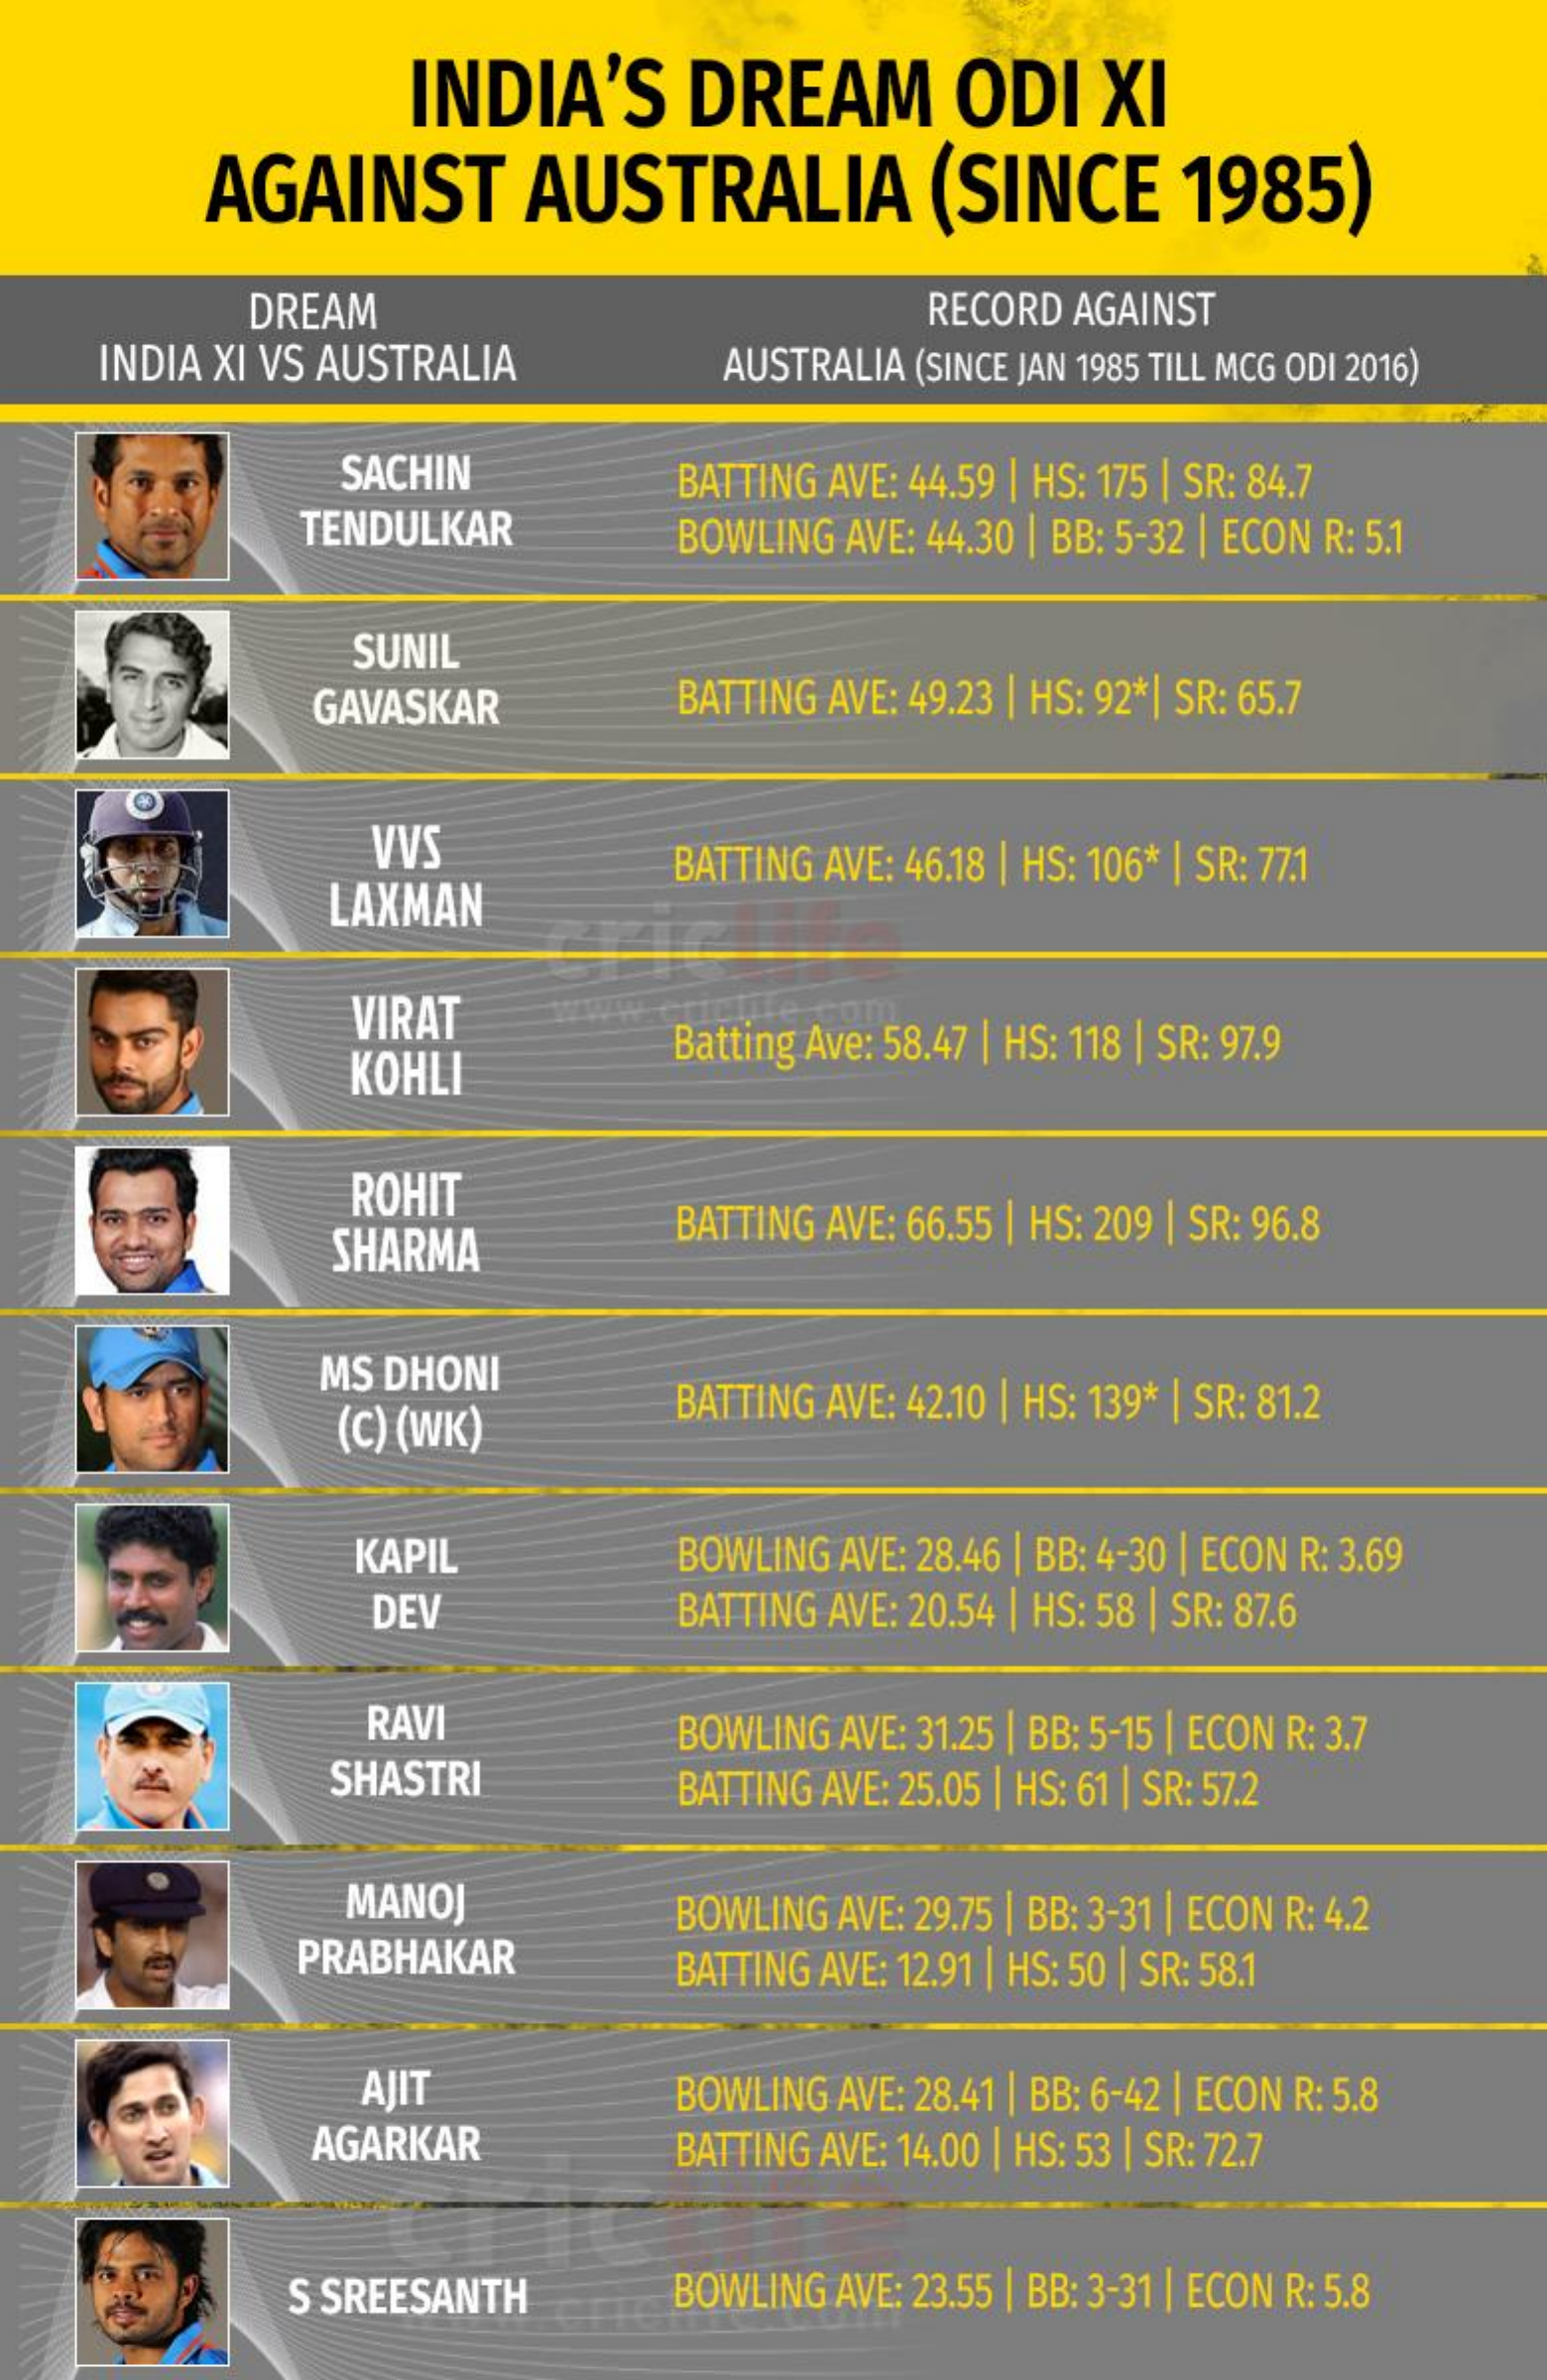
INDIA'S    DREAM    ODI    XI
     AGAINST    AUSTRALIA    (SINCE    1985)
     DREAM    RECORD AGAINST
    INDIA XI VS AUSTRALIA    AUSTRALIA (SINCE JAN 1985 TILL MCG ODI 2016)
     SACHIN    BATTING AVE: 44.59 | HS: 175 | SR: 84.7
     TENDULKAR    BOWLING AVE: 44.30 | BB: 5-32 | ECON R: 5.1
     SUNIL
     GAVASKAR    BATTING AVE: 49.23 | HS: 92*| SR: 65.7
     VVS
     LAXMAN
     BATTING AVE: 46.18 | HS: 106* | SR: 77.1
     VIRAT
     KOHLI    Batting Ave: 58.47 | HS: 118 | SR: 97.9
     ROHIT
     SHARMA    BATTING AVE: 66.55 | HS: 209 | SR: 96.8
     MS DHONI
     (C) (WK)
     BATTING AVE: 42.10 | HS: 139* | SR: 81.2
     KAPIL    BOWLING AVE: 28.46 | BB: 4-30 | ECON R: 3.69
     DEV    BATTING AVE: 20.54 | HS: 58 | SR: 87.6
     RAVI    BOWLING AVE: 31.25 | BB: 5-15 | ECON R: 3.7
     SHASTRI    BATTING AVE: 25.05 | HS: 61 | SR: 57.2
     MANOJ
     PRABHAKAR
     BOWLING AVE: 29.75 | BB: 3-31 | ECON R: 4.2
     BATTING AVE: 12.91 | HS: 50 | SR: 58.1
     AJIT    BOWLING AVE: 28.41 | BB: 6-42 | ECON R: 5.8
     AGARKAR    BATTING AVE: 14.00 | HS: 53 | SR: 72.7
     S SREESANTH    BOWLING AVE: 23.55 | BB: 3-31 | ECON R: 5.8